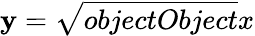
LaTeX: \mathbf{y}={\sqrt{{{objectObject}}}{{x}}}